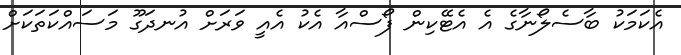
އެކަމަކު ބާސެލޯނާގެ އެ އެޓޭކިން ފޯސްއާ އެކު އެއީ ވަރަށް އުނދަގޫ މަސައްކަތަކަށް